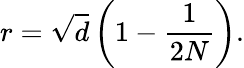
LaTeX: r=\sqrt{d}\left(1-\frac{1}{2N}\right).